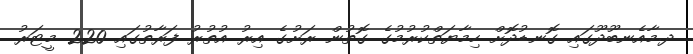
ދ.މާއެނބޫދޫގައި ގޮނޑުދޮށް ހިމާޔަތްކުރުމުގެ ގޮތުން ރަށުގެ އިރު އުތުރު ފަރާތުގައި 220 މީޓަރު